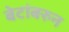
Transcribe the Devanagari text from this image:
बेटांबरुन